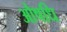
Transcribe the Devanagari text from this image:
औषधि